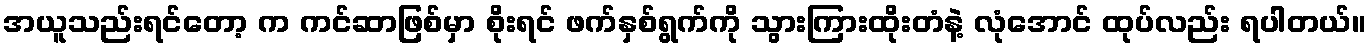
အယူသည်းရင်တော့ က ကင်ဆာဖြစ်မှာ စိုးရင် ဖက်နှစ်ရွက်ကို သွားကြားထိုးတံနဲ့ လုံအောင် ထုပ်လည်း ရပါတယ်။